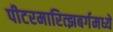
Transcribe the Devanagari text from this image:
पीटरमारित्झबर्गमध्ये